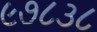
૯૭૮૩૮